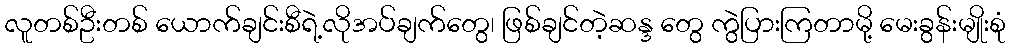
လူတစ်ဦးတစ် ယောက်ချင်းစီရဲ့လိုအပ်ချက်တွေ၊ ဖြစ်ချင်တဲ့ဆန္ဒ တွေ ကွဲပြားကြတာမို့ မေးခွန်းမျိုးစုံ